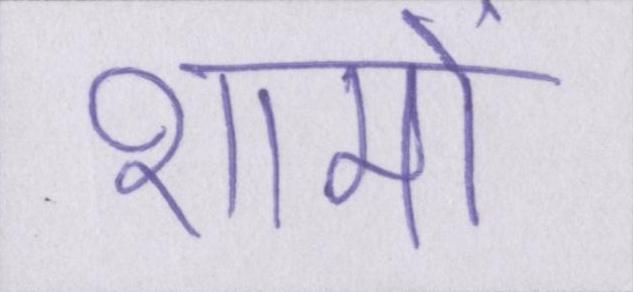
शामों